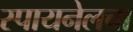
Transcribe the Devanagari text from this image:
स्पायनेलचा